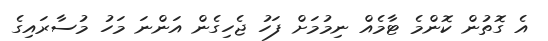
އެ ގޮތުން ކޮންމެ ޓާމެއް ނިމުމަށް ފަހު ޖެހިގެން އަންނަ މަހު މުސާރައިގެ